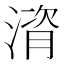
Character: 𪶻